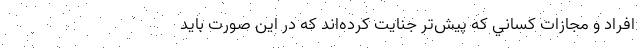
افراد و مجازات كساني كه پيش‌تر جنايت كرده‌اند كه در اين صورت بايد